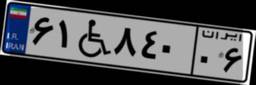
۶۱W۸۴۰۰۶